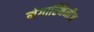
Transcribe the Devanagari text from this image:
मेगास्थिनीज